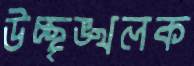
উচ্ছৃঙ্খলক